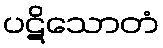
ပဋိသောတံ